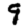
Digit: 9